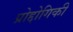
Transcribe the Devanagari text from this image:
प्रोद्दोगिकी